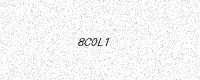
Text: 8C0L1